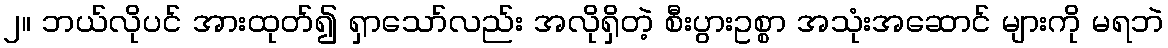
၂။ ဘယ်လိုပင် အားထုတ်၍ ရှာသော်လည်း အလိုရှိတဲ့ စီးပွားဥစ္စာ အသုံးအဆောင် များကို မရဘဲ